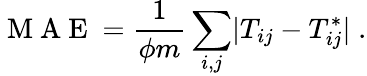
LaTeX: \mathrm{~M~A~E~}=\frac{1}{\phi m}\sum_{i,j}\lvert T_{ij}-T_{ij}^{*}\rvert\; .